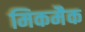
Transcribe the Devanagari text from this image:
मिकमैक